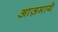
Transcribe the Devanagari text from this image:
आज़माये